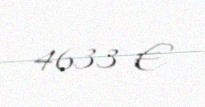
4633 €